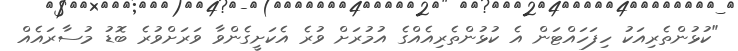
"ކުޅުންތެރިއަކު ހިފަހައްޓަން އެ ކުޅުންތެރިއެއްގެ އުމުރަށް ވުރެ އެކަށީގެންވާ ވަރަށްވުރެ ބޮޑު މުސާރައެއް